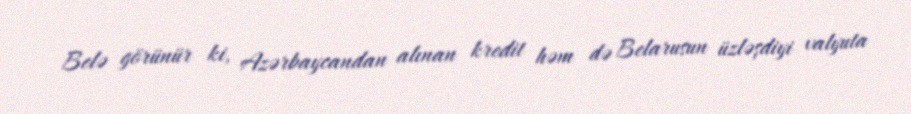
Belə görünür ki, Azərbaycandan alınan kredit həm də Belarusun üzləşdiyi valyuta